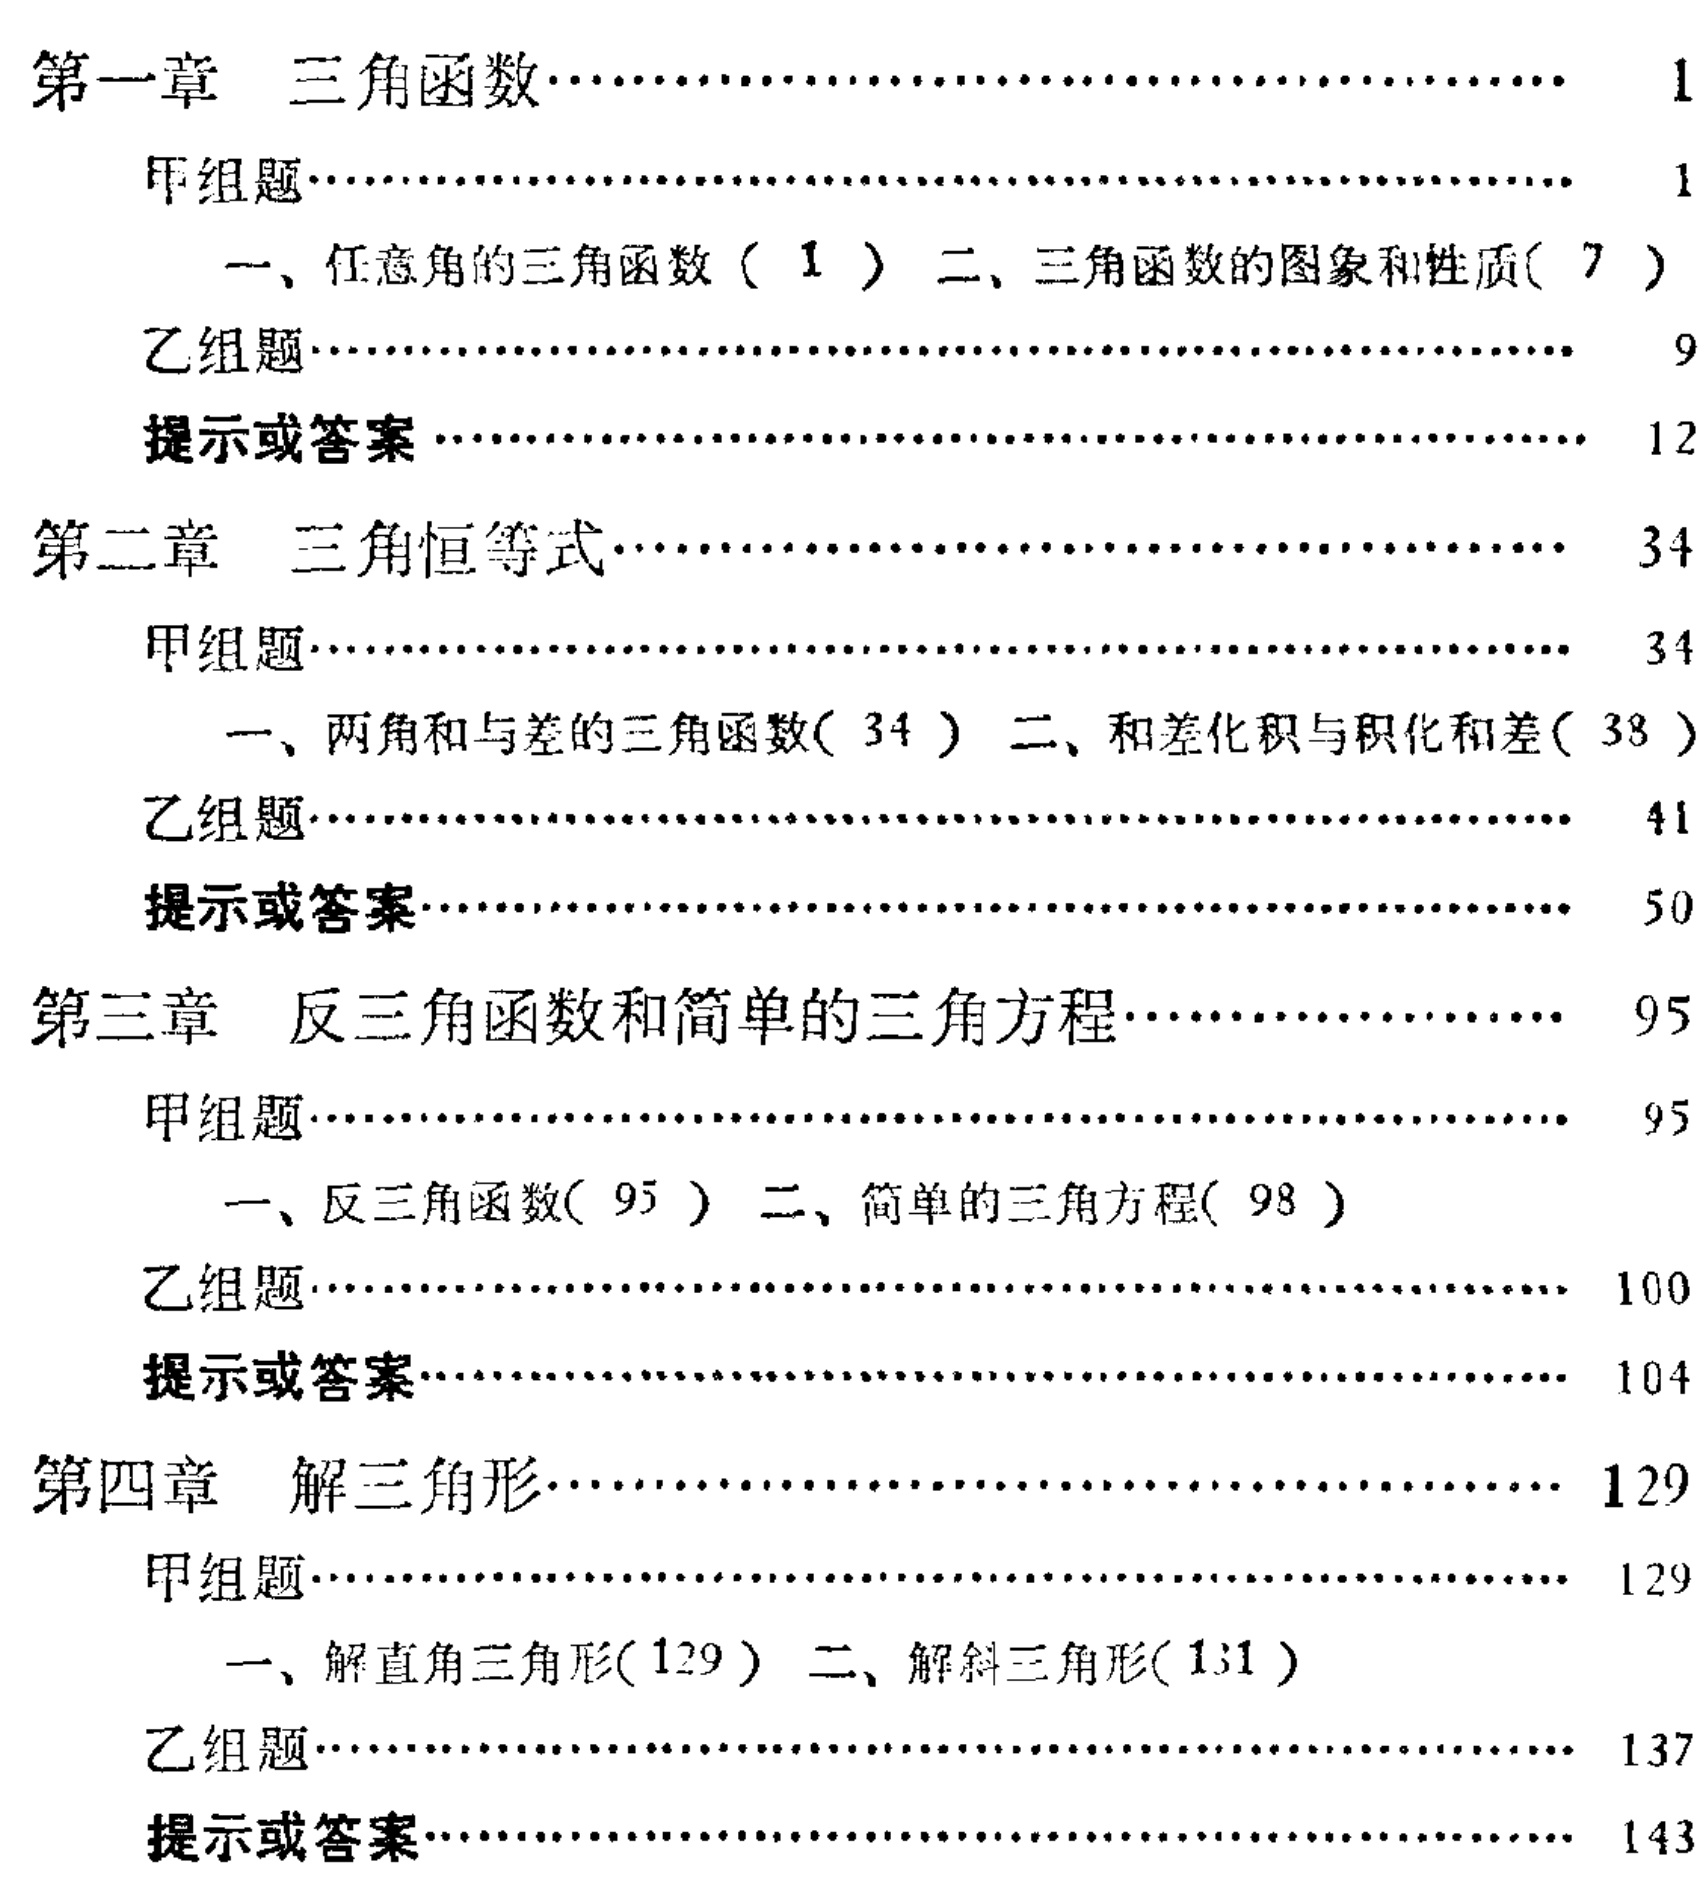
\begin{enumerate}

\item 第一章 三角函数\hfill 1

\begin{enumerate}

\item 甲组题\hfill 1

\begin{enumerate}

\item 一、任意角的三角函数（1）二、三角函数的图象和性质( 7 )

\end{enumerate}

\item 乙组题\hfill 9

\item 提示或答案\hfill 12

\end{enumerate}

\item 第二章 三角恒等式\hfill 34

\begin{enumerate}

\item 甲组题\hfill 34

\begin{enumerate}

\item 一、两角和与差的三角函数( 34 ) 二、和差化积与积化和差( 38 )

\end{enumerate}

\item 乙组题\hfill 41

\item 提示或答案\hfill 50

\end{enumerate}

\item 第三章 反三角函数和简单的三角方程\hfill 95

\begin{enumerate}

\item 甲组题\hfill 95

\begin{enumerate}

\item 一、反三角函数( 95 ) 二、简单的三角方程( 98 )

\end{enumerate}

\item 乙组题\hfill 100

\item 提示或答案\hfill 104

\end{enumerate}

\item 第四章 解三角形\hfill 129

\begin{enumerate}

\item 甲组题\hfill 129

\begin{enumerate}

\item 一、解直角三角形(129 ) 二、解斜三角形(131 )

\end{enumerate}

\item 乙组题\hfill 137

\item 提示或答案\hfill 143

\end{enumerate}

\end{enumerate}